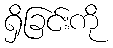
ရှိခြင်းကို